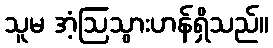
သူမ အံ့ဩသွားဟန်ရှိသည်။